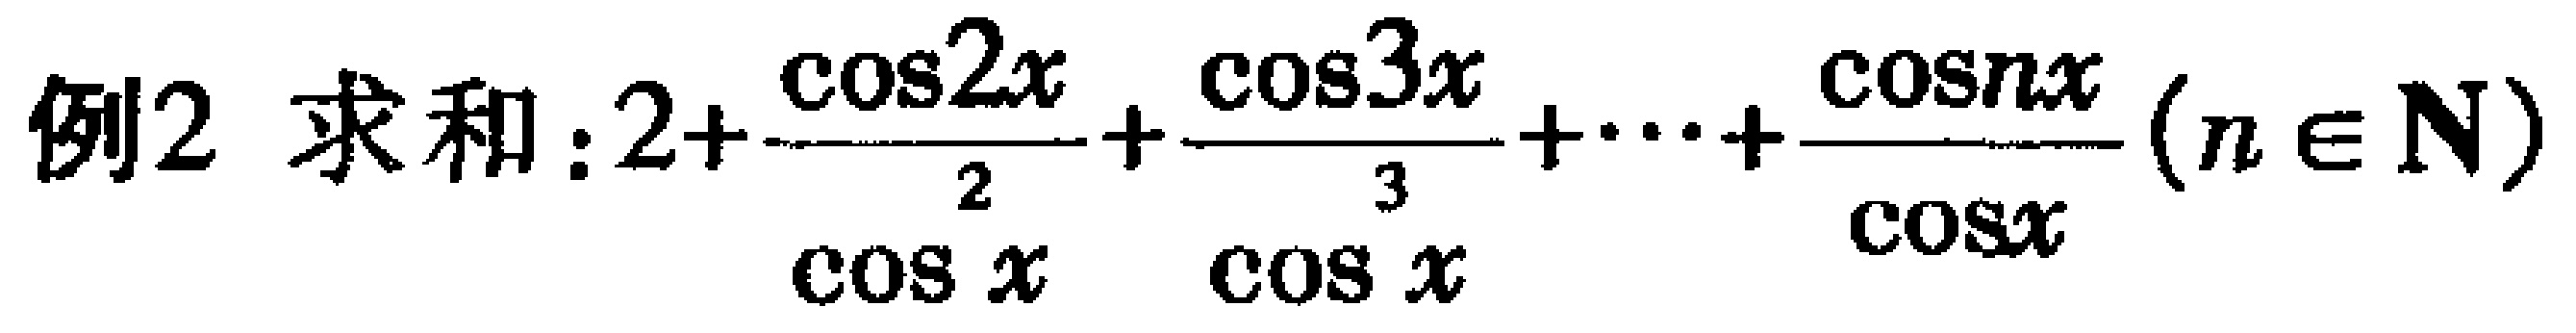
例2 求和：\(2+\frac{\cos2x}{\cos x\cdot2}+\frac{\cos3x}{\cos x\cdot3}+\cdots+\frac{\cos nx}{\cos x\cdot n}(n\in\mathbf{N})\)